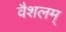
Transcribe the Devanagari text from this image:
वैशलम्